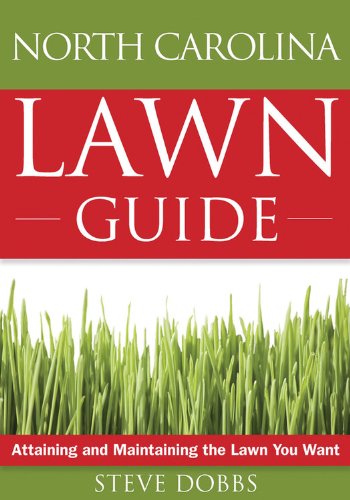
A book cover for The North Carolina Lawn Guide: Attaining and Maintaining the Lawn You Want (Guide to Midwest and Southern Lawns); Steve Dobbs; Crafts, Hobbies & Home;